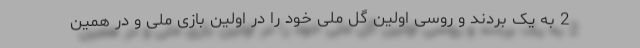
2 به یک بردند و روسی اولین گل ملی خود را در اولین بازی ملی و در همین